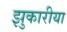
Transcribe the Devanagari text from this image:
झुकारीया